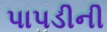
પાપડીની